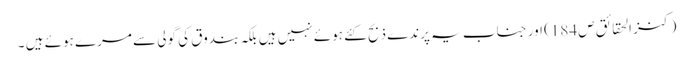
(کنز الحقائق ص 184) اور جناب یہ پرندے ذبح کئے ہوئے نہیں ہیں بلکہ بندوق کی گولی سے مرے ہوئے ہیں ۔